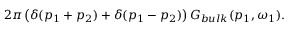
2 \pi \left( \delta ( p _ { 1 } + p _ { 2 } ) + \delta ( p _ { 1 } - p _ { 2 } ) \right) G _ { b u l k } ( p _ { 1 } , \omega _ { 1 } ) .